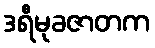
ဒရီမုခဇာတက